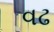
વઢ